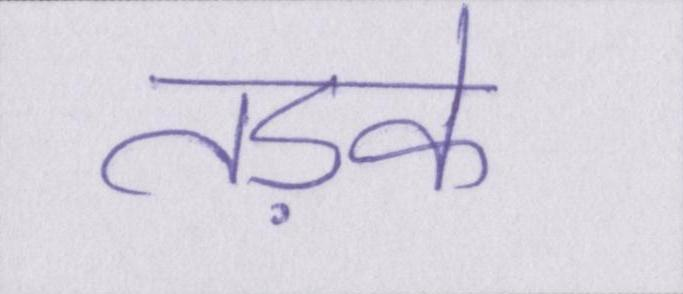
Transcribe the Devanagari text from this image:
तड़के